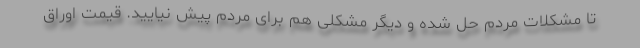
تا مشکلات مردم حل شده و دیگر مشکلی هم برای مردم پیش نیایید. قیمت اوراق